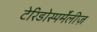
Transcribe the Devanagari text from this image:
टेरिडोस्पर्मेंलीज़